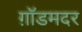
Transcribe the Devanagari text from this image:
ग़ॉडमदर